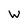
Character: W